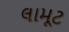
લામૂટ